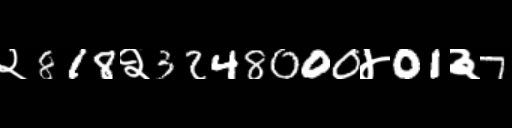
Text: २818२3248000४01३7